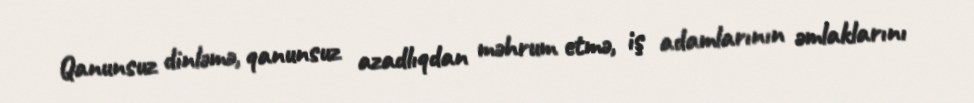
Qanunsuz dinləmə, qanunsuz azadlıqdan məhrum etmə, iş adamlarının əmlaklarını